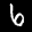
Label: 6